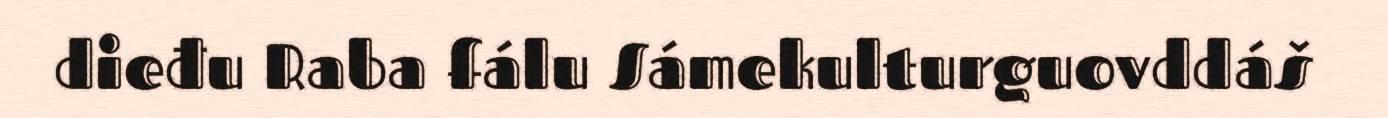
dieđu Raba fálu Sámekulturguovddáš